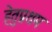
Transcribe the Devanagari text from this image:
हेतुप्रथम